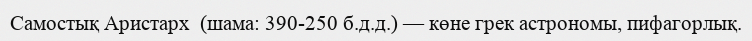
Самостық Аристарх  (шама: 390-250 б.д.д.) — көне грек астрономы, пифагорлық.